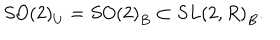
S O \left( 2 \right) _ { U } = S O \left( 2 \right) _ { B } \subset S L \left( 2 , R \right) _ { B } .